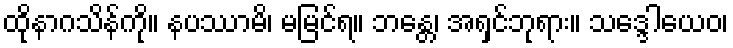
ထိုနာဂသိန်ကို။ နပဿာမိ၊ မမြင်ရ။ ဘန္တေ၊ အရှင်ဘုရား။ သဒ္ဒေါယေဝ၊